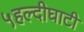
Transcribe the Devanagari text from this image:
५हल्दीघाटी